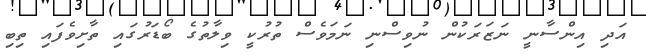
އަދި އިންސާނީ ނަޒަރަކުން ނުވިސްނި ނަމަވެސް ތުރުކީ ވިލާތުގެ ބޯޑަރުގައި ތާށިވެފައި ތިބި